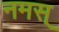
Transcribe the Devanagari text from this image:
नमस्‌